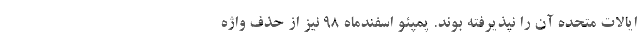
ایالات متحده آن را نپذیرفته بوند. پمپئو اسفندماه ۹۸ نیز از حذف واژه